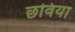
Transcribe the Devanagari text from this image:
छविया